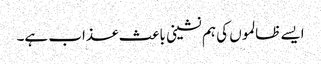
ایسے ظالموں کی ہم نشینی باعث عذاب ہے۔